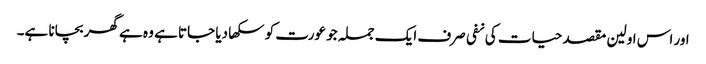
اور اس اولین مقصد حیات کی نفی صرف ایک جملہ جو عورت کو سکھا دیا جاتا ہے وہ ہے گھر بچانا ہے۔